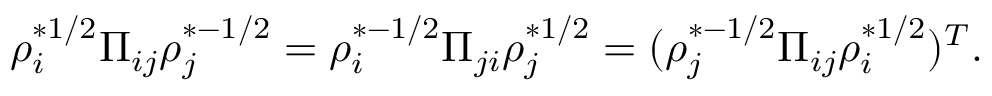
\rho _ { i } ^ { * 1 / 2 } \Pi _ { i j } \rho _ { j } ^ { * - 1 / 2 } = \rho _ { i } ^ { * - 1 / 2 } \Pi _ { j i } \rho _ { j } ^ { * 1 / 2 } = ( \rho _ { j } ^ { * - 1 / 2 } \Pi _ { i j } \rho _ { i } ^ { * 1 / 2 } ) ^ { T } .